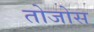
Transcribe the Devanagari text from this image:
तोजोस